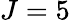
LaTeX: J=5